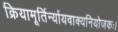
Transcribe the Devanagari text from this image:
क्रियामूर्तिर्न्यायवाक्यनियोजकः।